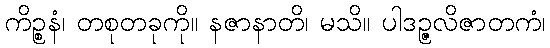
ကိဉ္စနံ၊ တစုတခုကို။ နဇာနာတိ၊ မသိ။ ပါဒဉ္ဇလိဇာတကံ၊